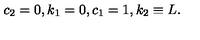
c _ { 2 } = 0 , k _ { 1 } = 0 , c _ { 1 } = 1 , k _ { 2 } \equiv L .